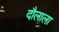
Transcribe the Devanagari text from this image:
दौलाला